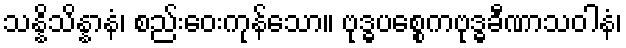
သန္နိသိန္နာနံ၊ စည်းဝေးကုန်သော။ ဗုဒ္ဓပစ္စေကဗုဒ္ဓခီဏာသဝါနံ၊